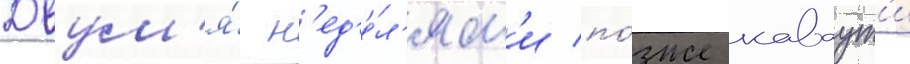
Двум'я́ н'ед'е́л'ям'и по́зже каваут'и